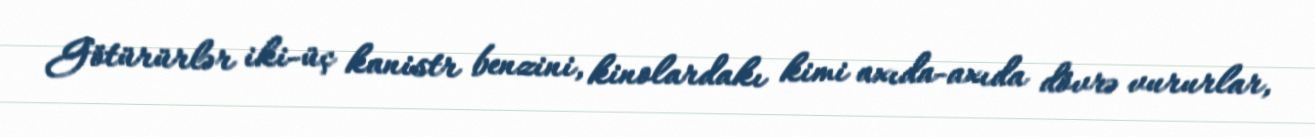
Götürürlər iki-üç kanistr benzini, kinolardakı kimi axıda-axıda dövrə vururlar,